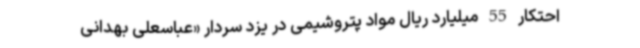
احتکار 55 میلیارد ریال مواد پتروشیمی در یزد سردار «عباسعلی بهدانی